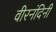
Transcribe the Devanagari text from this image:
वीरनंदिनी